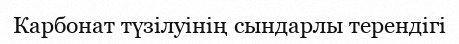
Карбонат түзілуінің сындарлы терендігі